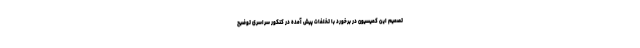
تصمیم این کمیسیون در برخورد با تخلفات پیش آمده در کنکور سراسری توضیح